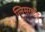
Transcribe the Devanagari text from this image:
ग्लिसराईड